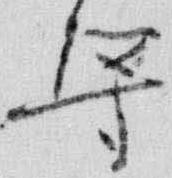
導